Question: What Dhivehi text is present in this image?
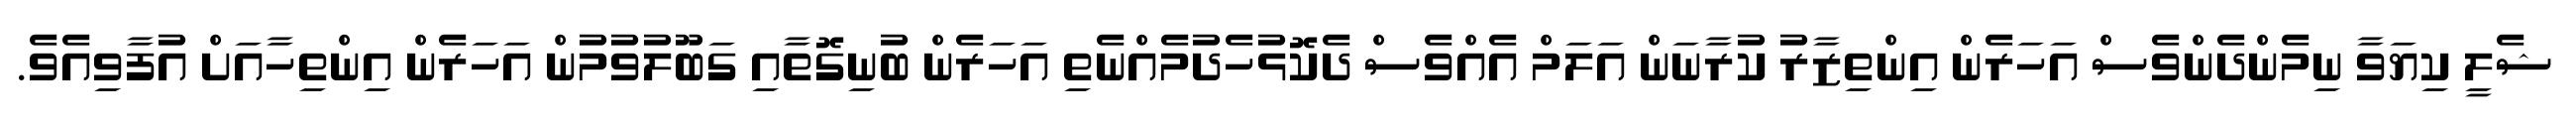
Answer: ޝެލީ ކިޔަވާ ނިމެންދެންވެސް އަހަރެން އިންތިޒާރު ކުރާނަން އަލަމް އެއްވެސް ދެކޮޅުހެދުމެއްނެތި އަހަރެން ބުނިގޮތާއި ގަބޫލުވުމުން އަހަރެން އިންތިހާއަށް އުފާވިއެވެ.